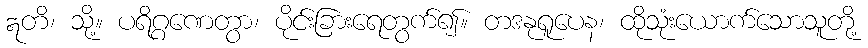
ဣတိ၊ သို့။ ပရိဂ္ဂဏေတွာ၊ ပိုင်းခြားရေတွက်၍။ တဒနုရူပေန၊ ထိုသုံးယောက်သောသူတို့